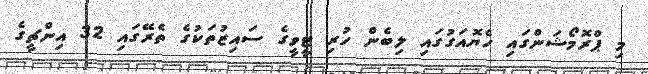
މި ޕްރޮމޯޝަންގައި ހެޔޮއަގުގައި ލިބެން ހުރި ޓީވީގެ ސައިޒުތަކުގެ ތެރޭގައި 32 އިންޗީގެ